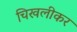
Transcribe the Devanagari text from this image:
चिखलीकर